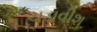
ચડાવીશ